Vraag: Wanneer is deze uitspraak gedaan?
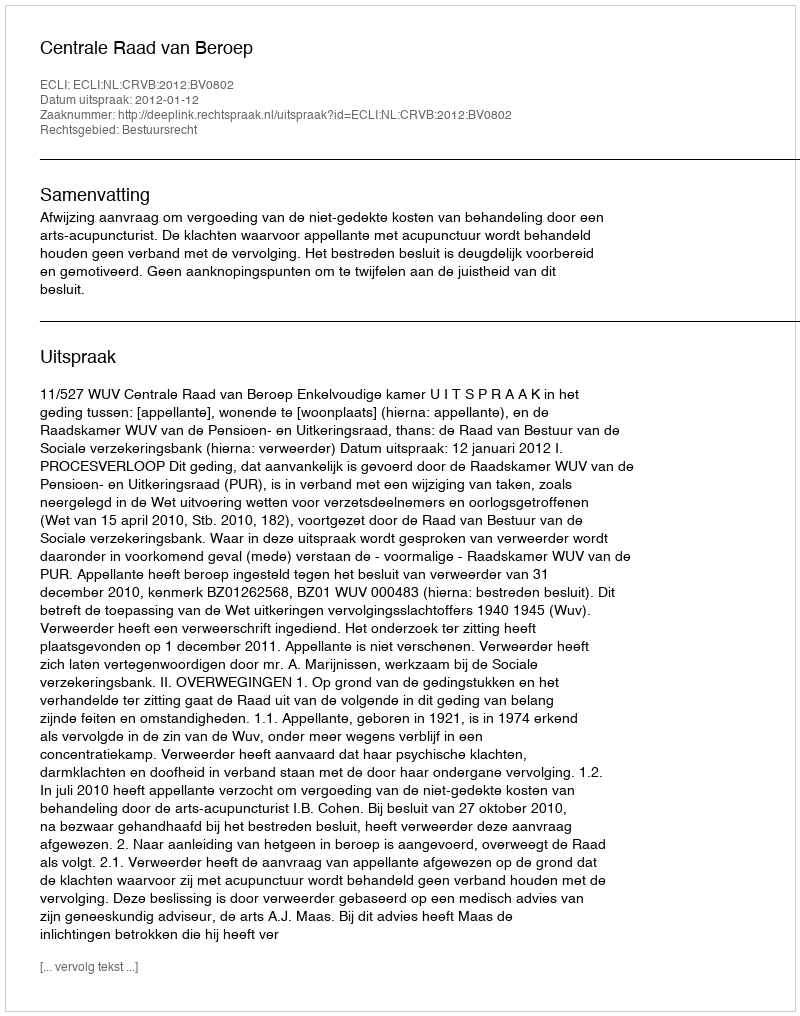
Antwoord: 2012-01-12